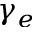
\gamma _ { e }